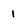
Character: l